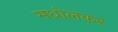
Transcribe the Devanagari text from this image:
मधोलकर